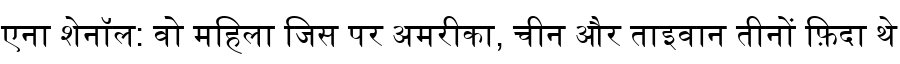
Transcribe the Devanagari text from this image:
एना शेनॉल: वो महिला जिस पर अमरीका, चीन और ताइवान तीनों फ़िदा थे